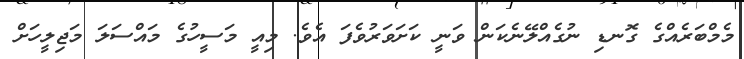
މެމްބަރެއްގެ ގޮނޑި ނުގެއްލޭނެކަން ވަނީ ކަށަވަރުވެފަ އެވެ. މިއީ މަސީހުގެ މައްސަލަ މަޖިލީހަށް